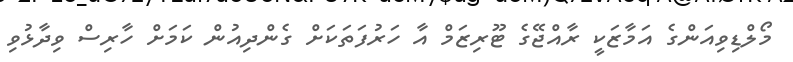
މޯލްޑިވިއަންގެ އަމާޒަކީ ރާއްޖޭގެ ޓޫރިޒަމް އާ ހަރުފަތަކަށް ގެންދިއުން ކަމަށް ހާރިސް ވިދާޅުވި